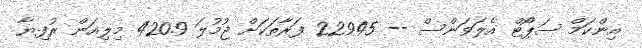
އިންކަމް ސަޕޯޓް އެލަވަންސް -- 22945 ފަރާތަކަށް ޖުމުލަ 420.9 މިލިއަން ރުފިޔާ